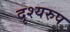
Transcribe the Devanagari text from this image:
दृश्यरुप